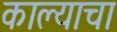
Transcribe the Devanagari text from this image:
काल्याचा